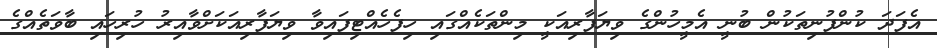
އެފަދަ ކުންފުނިތަކުން ބުނީ އެމީހުންގެ ވިޔަފާރިއަކީ މިންތަކެއްގައި ހިފެހެއްޓިފައިވާ ވިޔަފާރިއަކަށްވާއިރު ހުރިހައި ބާވަތެއްގެ